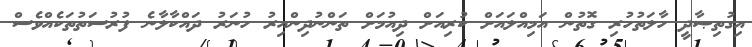
އިގުތިޞާދީ ހާލަތުހުރި ގޮތުން އަމިއްލައަށް ކުރިއަށް ދިއުމަށް ތަންނުދިންއިރު ހުނަރު ދައްކާލާނެ ފުރުސަތުތަކެއްވެސް